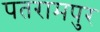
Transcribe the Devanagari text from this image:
पतरामपुर